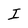
Character: I